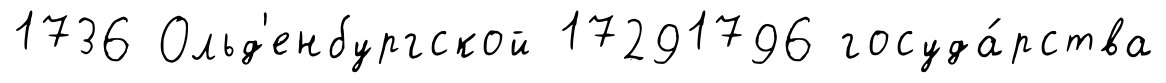
1736 Ольд'енбургской 17291796 госуда́рства